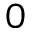
0